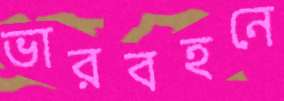
ভারবহনে